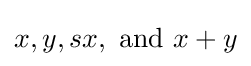
x,y,sx,{\text{ and }}x+y